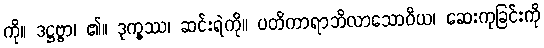
ကို။ ဒဋ္ဌဗ္ဗာ၊ ၏။ ဒုက္ခဿ၊ ဆင်းရဲကို။ ပတိကာရာဘိလာသောဝိယ၊ ဆေးကုခြင်းကို